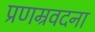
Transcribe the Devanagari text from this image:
प्रणम्रवदना